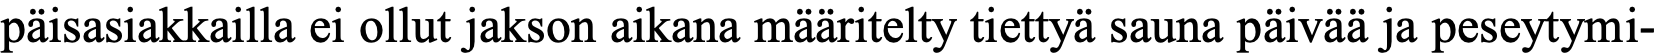
päisasiakkailla ei ollut jakson aikana määritelty tiettyä sauna päivää ja peseytymi-